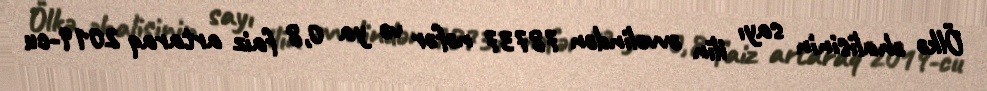
Ölkə əhalisinin sayı ilin əvvəlindən 78737 nəfər və ya 0,8 faiz artaraq 2019-cu